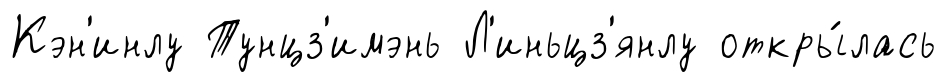
Кэн'инлу Тунцз'имэнь Л'иньцз'янлу откры́лась